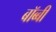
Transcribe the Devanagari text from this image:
बॉब्बी